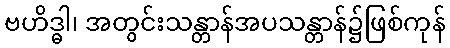
ဗဟိဒ္ဓါ၊ အတွင်းသန္တာန်အပသန္တာန်၌ဖြစ်ကုန်